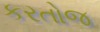
કરતોજ